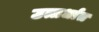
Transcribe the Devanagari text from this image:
उत्तर्धात